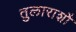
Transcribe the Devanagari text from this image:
तुलाराशौ